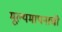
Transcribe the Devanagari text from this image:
मूल्यमापनाची